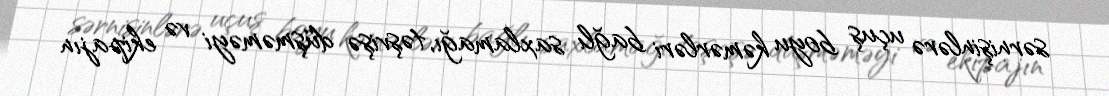
sərnişinlərə uçuş boyu kəmərləri bağlı saxlamağı, təşvişə düşməməyi və ekipajın